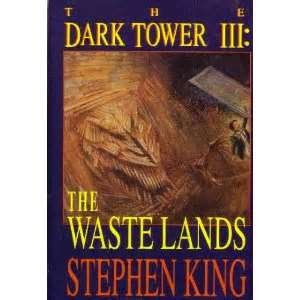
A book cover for THE DARK TOWER III: THE WASTE LANDS (First Edition); Stephen King; Travel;